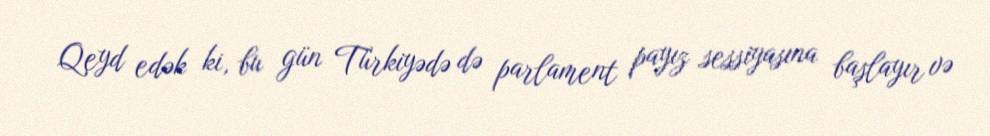
Qeyd edək ki, bu gün Türkiyədə də parlament payız sessiyasına başlayır və